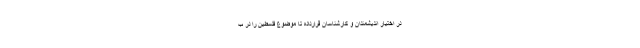
در اختیار اندیشمندان و کارشناسان قرارداده تا موضوع فلسطین را در ب